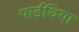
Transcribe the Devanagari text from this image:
पाईथिया